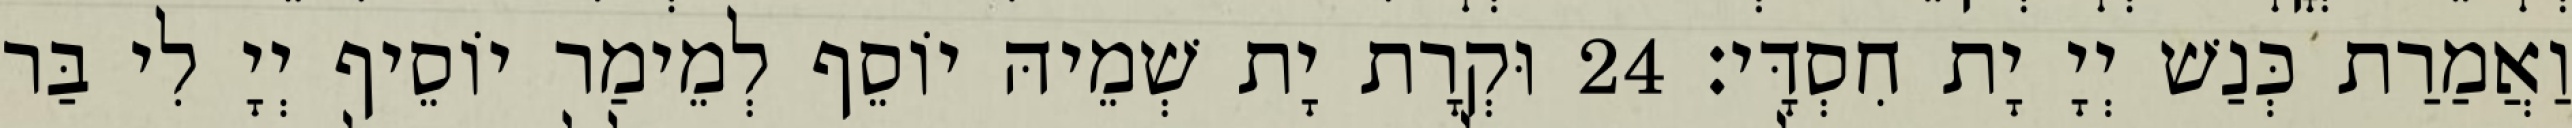
וַאֲמַרַת כְּנַשׁ יְיָ יָת חִסְדָּי׃ 24 וּקְרָת יָת שְׁמֵיהּ יוֹסֵף לְמֵימַר יוֹסֵיף יְיָ לִי בַּר